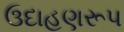
ઉદાહણરૂપ